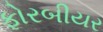
ફોરબીયર